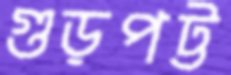
গুড়পট্ট